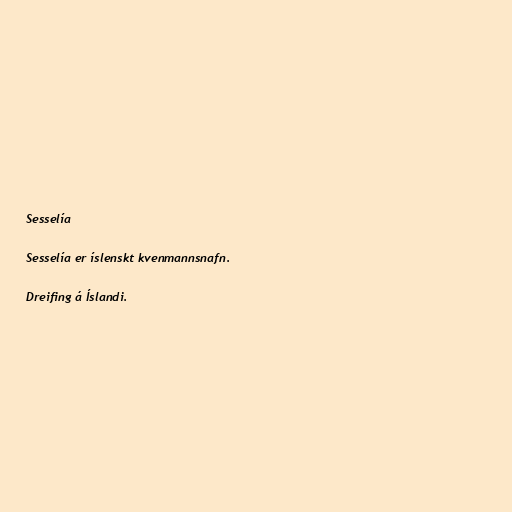
Sesselía

Sesselía er íslenskt kvenmannsnafn.

Dreifing á Íslandi.